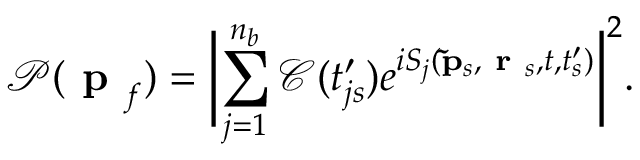
\mathcal { P } ( \textbf { p } _ { f } ) = \biggl | \displaystyle \sum _ { j = 1 } ^ { n _ { b } } \mathcal { C } ( t _ { j s } ^ { \prime } ) e ^ { i S _ { j } ( \mathbf { \tilde { p } } _ { s } , \textbf { r } _ { s } , t , t _ { s } ^ { \prime } ) } \biggr | ^ { 2 } .